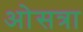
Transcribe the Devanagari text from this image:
ओसत्रा